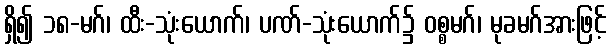
ရှိ၍ ၁၈-မဂ်၊ ထီး-သုံးယောက်၊ ပဏ်-သုံးယောက်၌ ဝစ္စမဂ်၊ မုခမဂ်အားဖြင့်